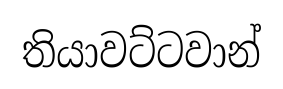
තියාවට්ටවාන්